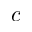
c